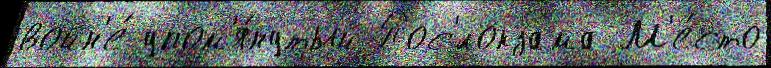
войн'е́ упом'я́нутый Пос'́локзама М'е́сто